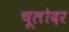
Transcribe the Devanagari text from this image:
चूलोदर